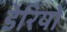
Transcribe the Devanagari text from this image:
डेरियों